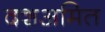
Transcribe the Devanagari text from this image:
दशअमित